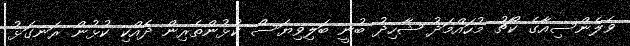
ވެލެންސިއާގެ ކޯޗު މުހައްމަދު ޝާހިދު ބުނީ ބަލިވިޔަސް ކުޅުންތެރިން ދެއްކި ކުޅުން ރަނގަޅު